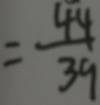
= \frac { 4 4 } { 3 9 }